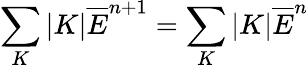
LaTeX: \sum_{K}|K|\overline{{E}}^{n+1}=\sum_{K}|K|\overline{{E}}^{n}